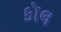
કૉલ